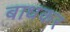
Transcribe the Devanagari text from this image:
बाधकर